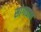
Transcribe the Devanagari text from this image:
सांगाडाच